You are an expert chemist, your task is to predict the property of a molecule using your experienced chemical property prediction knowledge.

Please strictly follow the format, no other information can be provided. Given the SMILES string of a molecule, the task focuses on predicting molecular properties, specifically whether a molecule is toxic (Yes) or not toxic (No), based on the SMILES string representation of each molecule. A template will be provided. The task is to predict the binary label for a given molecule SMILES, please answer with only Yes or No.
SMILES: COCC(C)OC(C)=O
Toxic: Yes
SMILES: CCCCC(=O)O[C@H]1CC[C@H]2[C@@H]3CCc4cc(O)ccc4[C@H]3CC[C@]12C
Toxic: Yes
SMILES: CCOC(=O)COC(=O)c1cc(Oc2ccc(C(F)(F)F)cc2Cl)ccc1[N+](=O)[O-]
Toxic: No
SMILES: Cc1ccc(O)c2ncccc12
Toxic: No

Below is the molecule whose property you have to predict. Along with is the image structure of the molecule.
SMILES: Nc1ccc(S(=O)(=O)NCc2ccccc2)cc1
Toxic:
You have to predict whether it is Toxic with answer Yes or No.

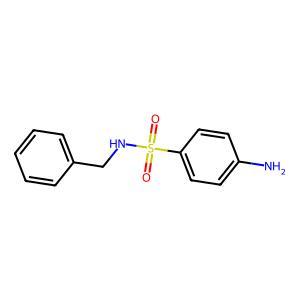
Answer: No